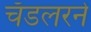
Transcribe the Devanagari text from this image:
चँडलरने